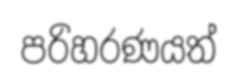
පරිහරණයත්